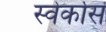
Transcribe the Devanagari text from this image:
स्वेर्कोस